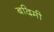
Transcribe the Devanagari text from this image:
बदिमी